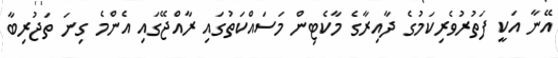
އޭނާ އަކީ ފަތުރުވެރިކަމުގެ ދާއިރާގެ މާކެޓިން މަސައްކަތުގައި ރާއްޖޭގައި އެންމެ ގިނަ ތަޖުރިބާ